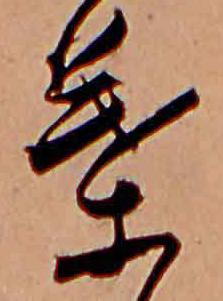
葉